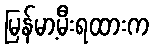
မြန်မာ့မီးရထားက